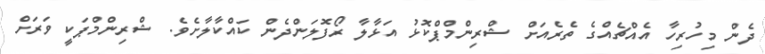
ދެން މިހުރިހާ އެއްޗެއްގެ ތެރެއަށް ޝްރިންމްޕްކޮޅު އަޅާލާ ރޯފޮލަންދެން ކައްކާލާށެވެ. ޝްރިންމްޕަކީ ވަރަށް